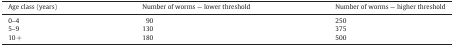
<table><thead><tr><td><b>Age class (years)</b></td><td><b>Number of worms — lower threshold</b></td><td><b>Number of worms — higher threshold</b></td></tr></thead><tbody><tr><td>0–4</td><td>90</td><td>250</td></tr><tr><td>5–9</td><td>130</td><td>375</td></tr><tr><td>10 +</td><td>180</td><td>500</td></tr></tbody></table>